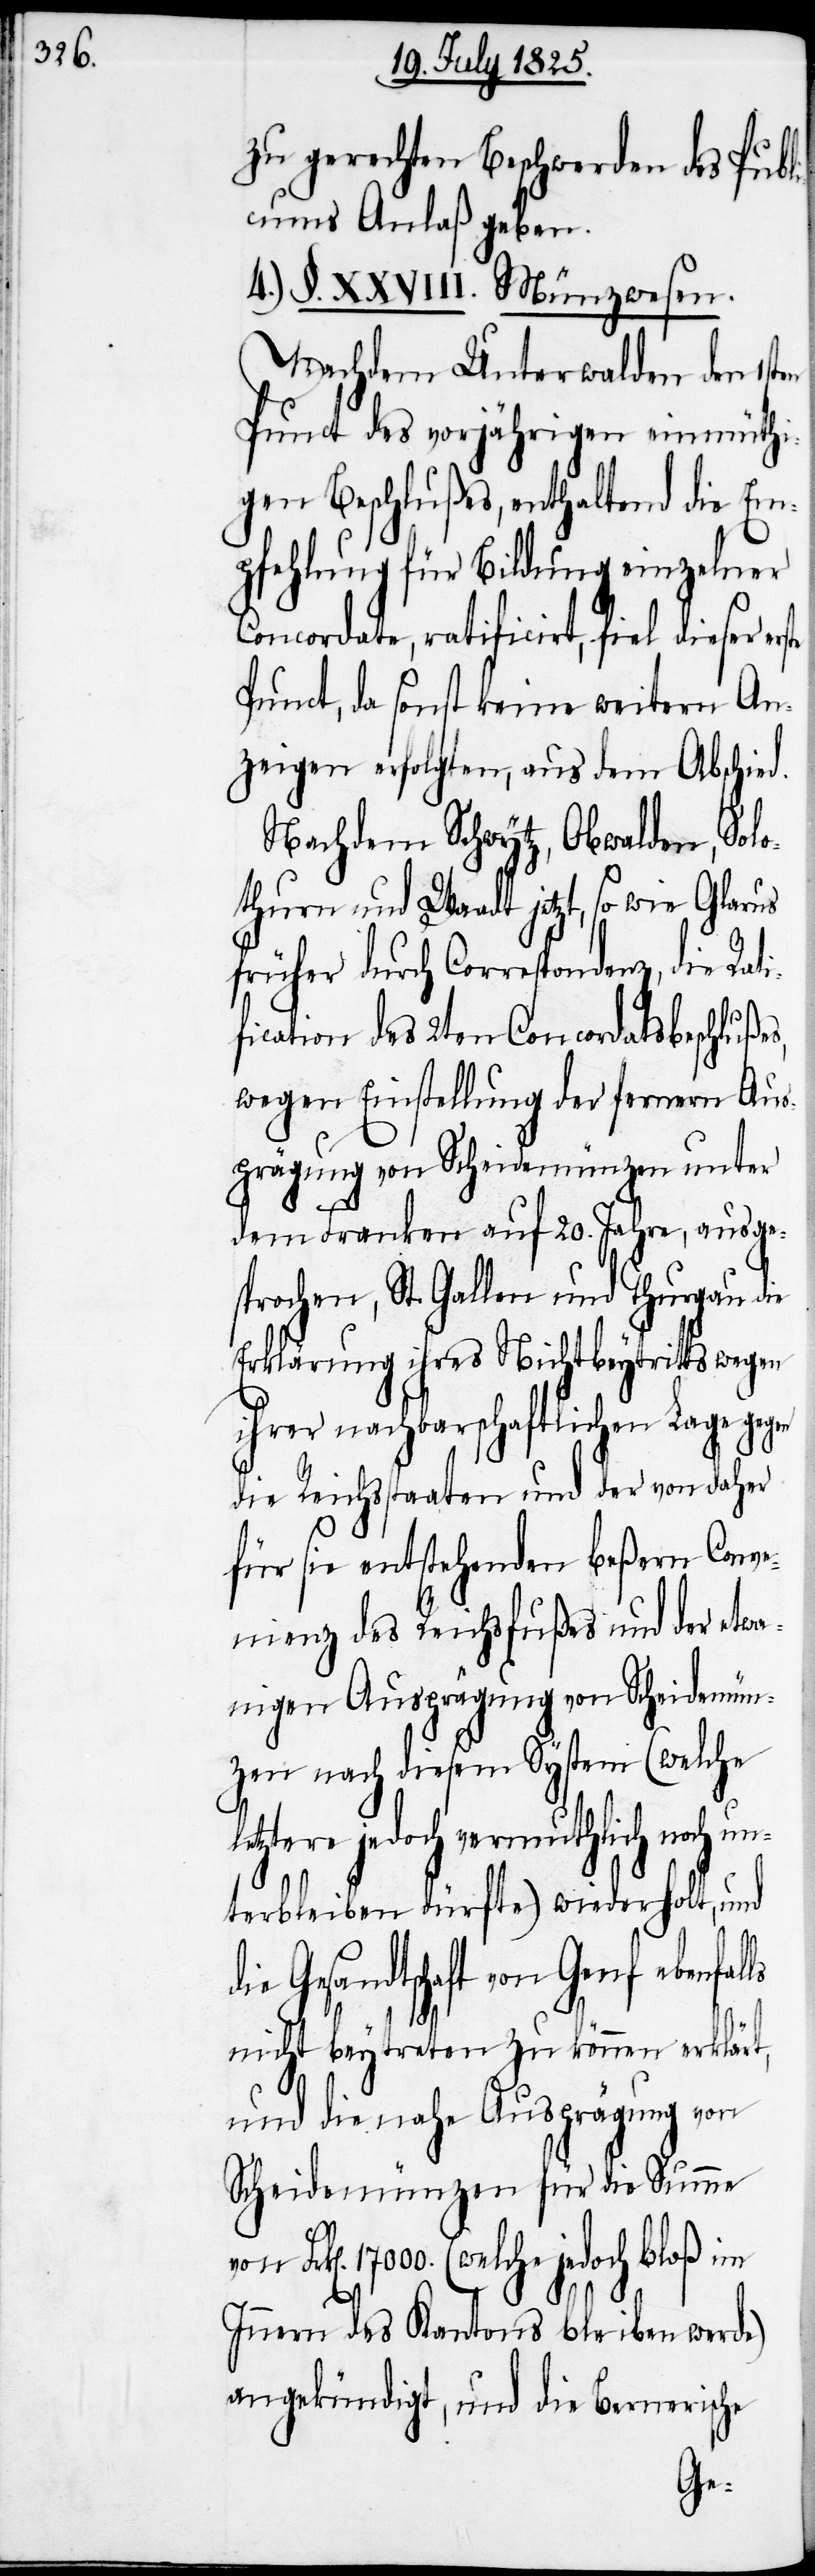
zu gerechten Beschwerden des Publi¬
cums Anlaß geben.
4.) §. XXVIII. Münzwesen.
Nachdem Unterwalden den 1sten
Punct des vorjährigen einmüthi¬
gen Beschlußes, enthaltend die Em¬
pfehlung für Bildung einzelner
Concordate, ratificirt, fiel dieser
Punct, da sonst keine weitern An¬
zeigen erfolgten, aus dem Abschi¬
Nachdem Schwytz, Obwalden, Solo¬
thurn und Waadt jetzt, so wie Gl¬
früher durch Correspondenz, die Rat¬
ification des 2ten Concordatsbeschlu¬
wegen Einstellung der fernern Aus¬
prägung von Scheidemünzen unter
dem Franken auf 20. Jahre, ausge¬
sprochen, St. Gallen und Thurgau
Erklärung ihre Nichtbeytritts wegen
ihrer nachbarschaftlichen Lage g¬
die Reichsstaaten und der von dah¬
un¬
für sie entstehenden beßern
let¬
nienz des Reichsfußes und
igen Ausprägung von Scheidem¬
zen nach diesem System (welche
ztere jedoch vermuthlich noch
terbleiben dürfte) wiederholt, und
die Gesandtschaft von Genf
nicht beytreten zu können erklärt,
und die nahe Ausprägung von
Scheidemünzen für die Summe
17000. (welche jedoch bloß im
Innern des Kantons bleiben werde)
angekündigt, und die Bernerische